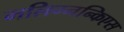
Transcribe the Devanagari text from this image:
मलिग्नन्किएस